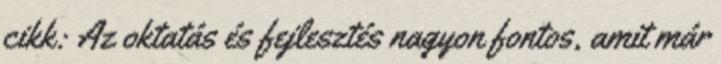
cikk: Az oktatás és fejlesztés nagyon fontos, amit már